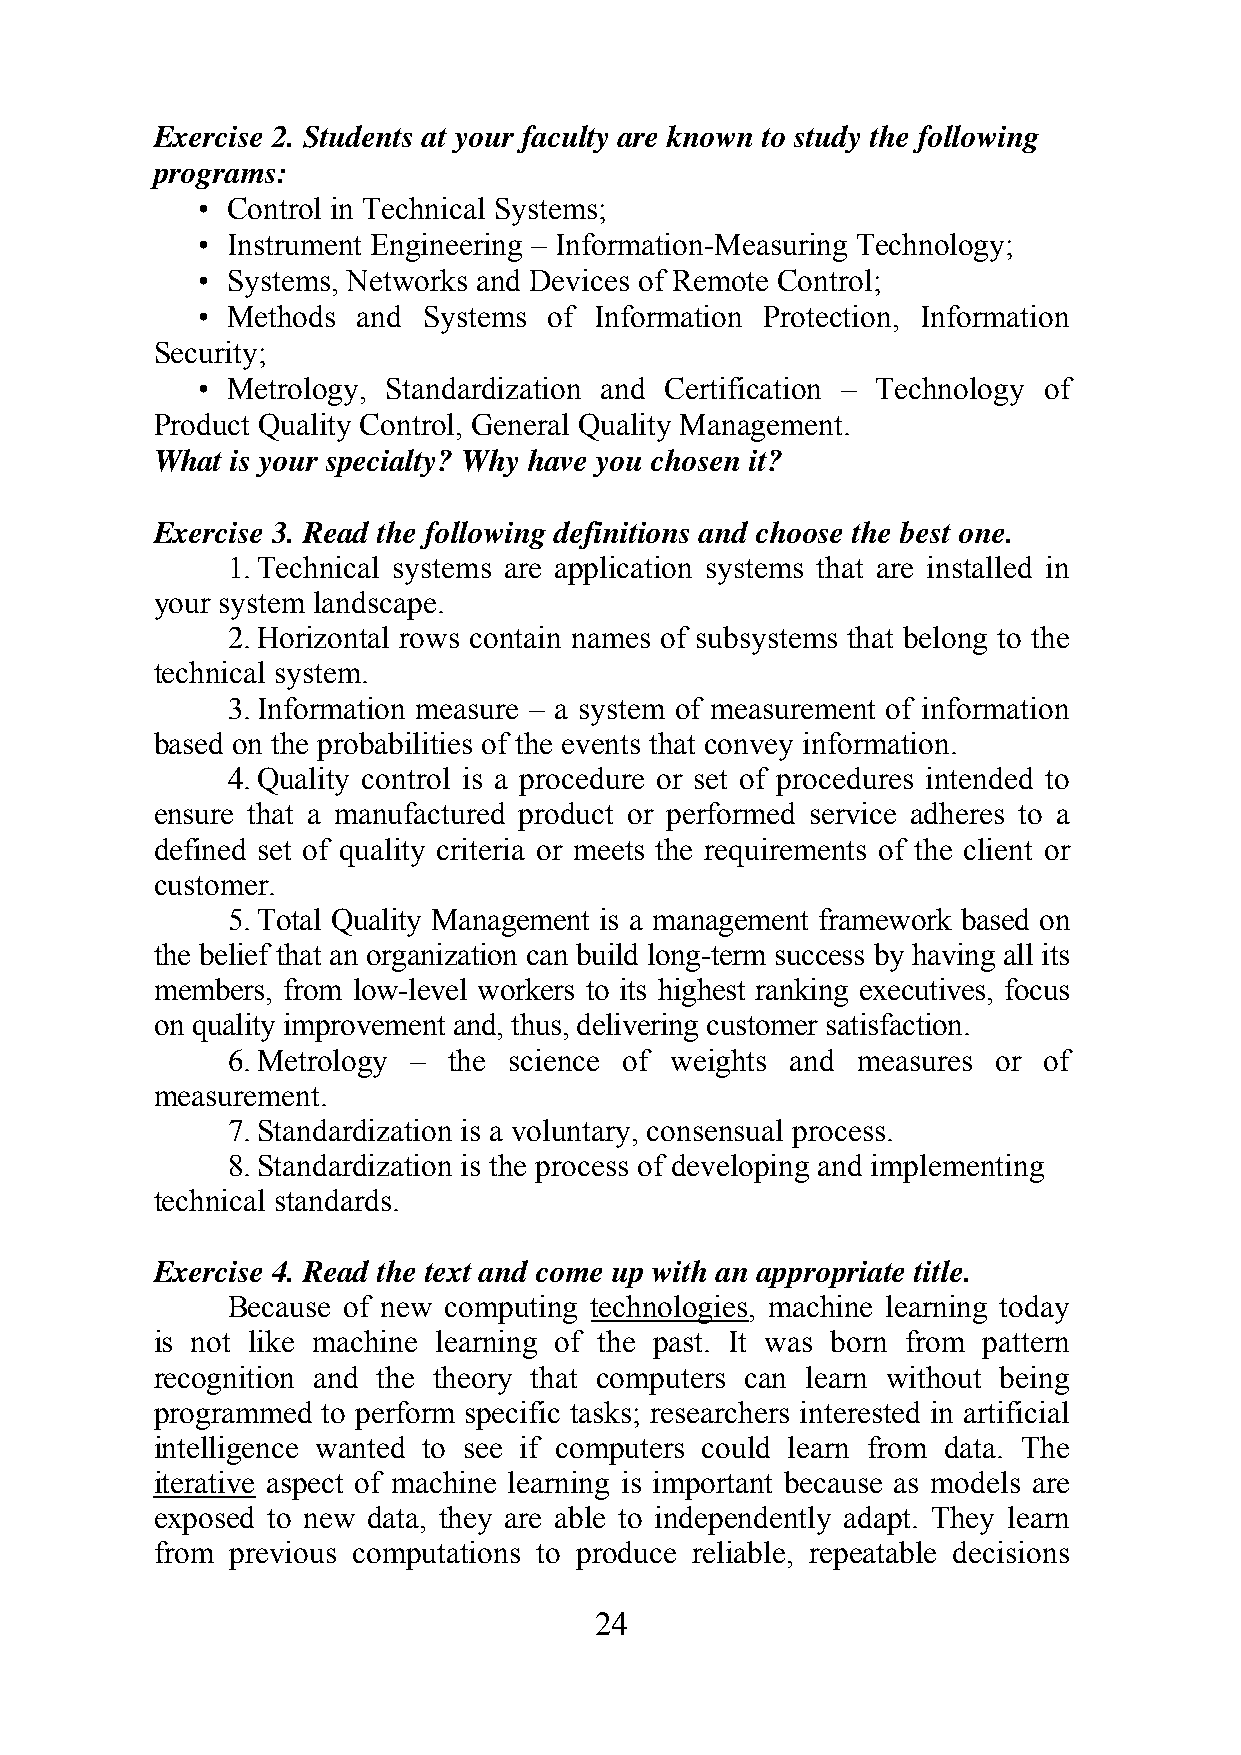
Exercise 2. Students at your faculty are known to study the following
 programs:
 • Control in Technical Systems;
 • Instrument Engineering – Information-Measuring Technology;
 • Systems, Networks and Devices of Remote Control;
 • Methods  and Systems of Information Protection, Information
 Security;
 • Metrology, Standardization and Certification – Technology of
 Product Quality Control, General Quality Management.
 What is your specialty? Why have you chosen it?
 Exercise 3. Read the following definitions and choose the best one.
 1. Technical systems are application systems that are installed in
 your system landscape.
 2. Horizontal rows contain names of subsystems that belong to the
 technical system.
 3. Information measure – a system of measurement of information
 based on the probabilities of the events that convey information.
 4. Quality control is a procedure or set of procedures intended to
 ensure that a manufactured product or performed service adheres to a
 defined set of quality criteria or meets the requirements of the client or
 customer.
 5. Total Quality Management is a management framework based on
 the belief that an organization can build long-term success by having all its
 members, from low-level workers to its highest ranking executives, focus
 on quality improvement and, thus, delivering customer satisfaction.
 6. Metrology – the science of weights and measures or of
 measurement.
 7. Standardization is a voluntary, consensual process.
 8. Standardization is the process of developing and implementing
 technical standards.
 Exercise 4. Read the text and come up with an appropriate title.
 Because of new computing technologies, machine learning today
 is not like machine learning of the past. It was born from pattern
 recognition and the theory that computers can learn without being
 programmed to perform specific tasks; researchers interested in artificial
 intelligence wanted to see if computers could learn from data. The
 iterative aspect of machine learning is important because as models are
 exposed to new data, they are able to independently adapt. They learn
 from previous computations to produce reliable, repeatable decisions
 24